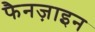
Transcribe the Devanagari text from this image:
फैनज़ाइन